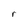
Character: r